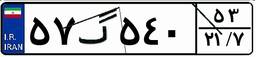
۵۷گ۵۴۰۵۳